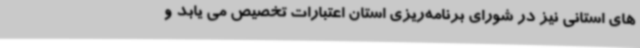
های استانی نیز در شورای برنامه‌ریزی استان اعتبارات تخصیص می یابد و